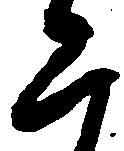
二